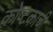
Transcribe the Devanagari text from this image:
कोष्टकाची